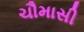
ચૌમાસી